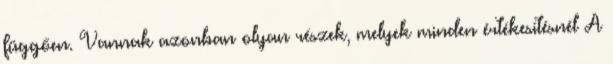
függően. Vannak azonban olyan részek, melyek minden értékesítésnél A